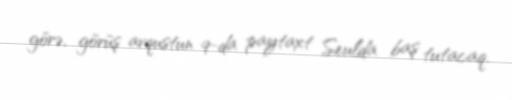
görə, görüş avqustun 9-da paytaxt Seulda baş tutacaq.